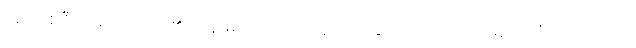
လူ တစ်ဦးတစ်ယောက်၏ကျန်းမာရေးသည် နတ်တို့နှင့်သက်ဆိုင်သည်ဟုယုံကြည်သည်။